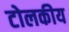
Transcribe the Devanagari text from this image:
टोलकीय